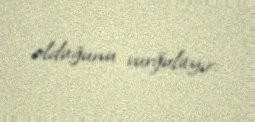
olduğunu vurğulayır.